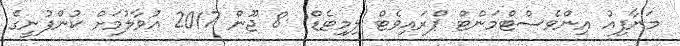
މަނާފިއު އިންވެސްޓްމަންޓް ޕްރައިވެޓް ލިމިޓެޑް  8 ޖޫން 2017 އުވާލުމަށް ކުންފުނީގެ